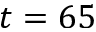
t = 6 5